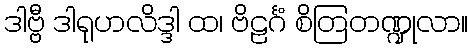
ဒါဗ္ဗီ ဒါရုဟလိဒ္ဒါ ထ၊ ဗိဠင်္ဂံ စိတြတဏ္ဍုလာ။